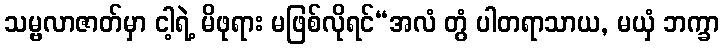
သမ္ဗလာဇာတ်မှာ ငါ့ရဲ့ မိဖုရား မဖြစ်လိုရင်“အလံ တွံ ပါတရာသာယ, မယှံ ဘက္ခာ